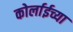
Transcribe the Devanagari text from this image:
कोर्लाईच्या